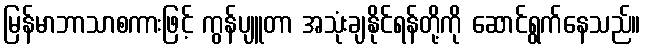
မြန်မာဘာသာစကားဖြင့် ကွန်ပျူတာ အသုံးချနိုင်ရန်တို့ကို ဆောင်ရွက်နေသည်။